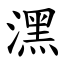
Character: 潶